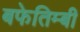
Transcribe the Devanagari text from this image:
बफेतिम्बी